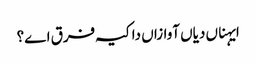
ایہناں دیاں آوازاں دا کیہ فرق اے؟